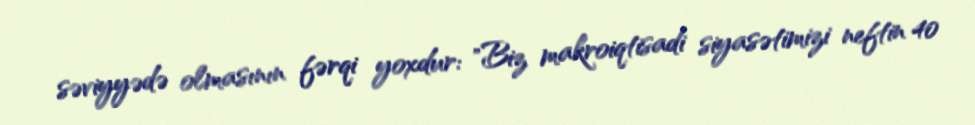
səviyyədə olmasının fərqi yoxdur: "Biz makroiqtisadi siyasətimizi neftin 40